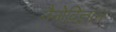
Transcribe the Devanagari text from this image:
नैनोविज्ञान